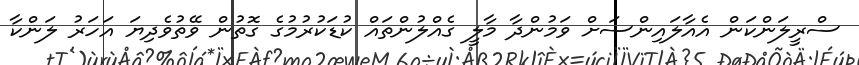
ސްރީލަންކަން އެއާލައިންސަށް ވަމުންދާ މާލީ ގެއްލުންތައް ކުޑަކުރުމުގެ ގޮތުން ވޭތުވެދިޔަ އަހަރު ލަންކާ